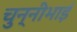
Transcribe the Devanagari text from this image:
चुन्नीभाई